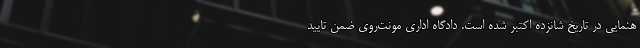
هنمایی در تاریخ شانزده اکتبر شده است. دادگاه اداری مونت‌روی ضمن تایید